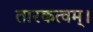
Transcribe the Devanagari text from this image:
तारकत्वम्।